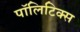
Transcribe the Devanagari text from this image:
पाॅलिटिक्स